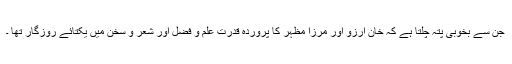
جن سے بخوبی پتہ چلتا ہے کہ خان آرزو اور مرزا مظہر کا پروردہ قدرت علم و فضل اور شعر و سخن میں یکتائے روزگار تھا ۔